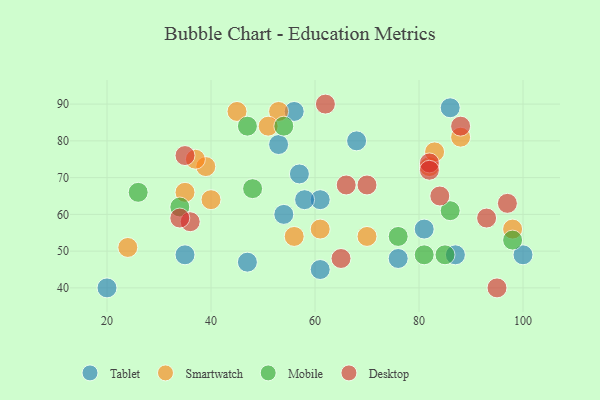
{"axis": {"x": "GDP", "y": "Life Expectancy"}, "legend": ["Desktop", "Mobile", "Smartwatch", "Tablet"], "data": [{"x": "86", "y": 89, "type": "Tablet"}, {"x": "53", "y": 79, "type": "Tablet"}, {"x": "61", "y": 64, "type": "Tablet"}, {"x": "20", "y": 40, "type": "Tablet"}, {"x": "61", "y": 45, "type": "Tablet"}, {"x": "57", "y": 71, "type": "Tablet"}, {"x": "81", "y": 56, "type": "Tablet"}, {"x": "68", "y": 80, "type": "Tablet"}, {"x": "54", "y": 60, "type": "Tablet"}, {"x": "87", "y": 49, "type": "Tablet"}, {"x": "56", "y": 88, "type": "Tablet"}, {"x": "76", "y": 48, "type": "Tablet"}, {"x": "100", "y": 49, "type": "Tablet"}, {"x": "58", "y": 64, "type": "Tablet"}, {"x": "35", "y": 49, "type": "Tablet"}, {"x": "47", "y": 47, "type": "Tablet"}, {"x": "53", "y": 88, "type": "Smartwatch"}, {"x": "70", "y": 54, "type": "Smartwatch"}, {"x": "61", "y": 56, "type": "Smartwatch"}, {"x": "35", "y": 66, "type": "Smartwatch"}, {"x": "56", "y": 54, "type": "Smartwatch"}, {"x": "88", "y": 81, "type": "Smartwatch"}, {"x": "82", "y": 73, "type": "Smartwatch"}, {"x": "39", "y": 73, "type": "Smartwatch"}, {"x": "45", "y": 88, "type": "Smartwatch"}, {"x": "51", "y": 84, "type": "Smartwatch"}, {"x": "40", "y": 64, "type": "Smartwatch"}, {"x": "37", "y": 75, "type": "Smartwatch"}, {"x": "83", "y": 77, "type": "Smartwatch"}, {"x": "98", "y": 56, "type": "Smartwatch"}, {"x": "24", "y": 51, "type": "Smartwatch"}, {"x": "26", "y": 66, "type": "Mobile"}, {"x": "86", "y": 61, "type": "Mobile"}, {"x": "47", "y": 84, "type": "Mobile"}, {"x": "54", "y": 84, "type": "Mobile"}, {"x": "81", "y": 49, "type": "Mobile"}, {"x": "76", "y": 54, "type": "Mobile"}, {"x": "85", "y": 49, "type": "Mobile"}, {"x": "34", "y": 62, "type": "Mobile"}, {"x": "98", "y": 53, "type": "Mobile"}, {"x": "48", "y": 67, "type": "Mobile"}, {"x": "93", "y": 59, "type": "Desktop"}, {"x": "84", "y": 65, "type": "Desktop"}, {"x": "36", "y": 58, "type": "Desktop"}, {"x": "35", "y": 76, "type": "Desktop"}, {"x": "82", "y": 74, "type": "Desktop"}, {"x": "88", "y": 84, "type": "Desktop"}, {"x": "70", "y": 68, "type": "Desktop"}, {"x": "65", "y": 48, "type": "Desktop"}, {"x": "66", "y": 68, "type": "Desktop"}, {"x": "62", "y": 90, "type": "Desktop"}, {"x": "82", "y": 72, "type": "Desktop"}, {"x": "97", "y": 63, "type": "Desktop"}, {"x": "34", "y": 59, "type": "Desktop"}, {"x": "95", "y": 40, "type": "Desktop"}]}